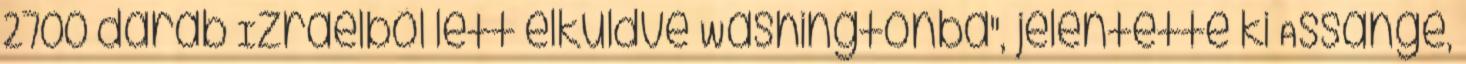
2700 darab Izraelből lett elküldve Washingtonba", jelentette ki Assange,